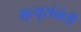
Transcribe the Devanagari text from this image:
मृत्यूसंबंधी